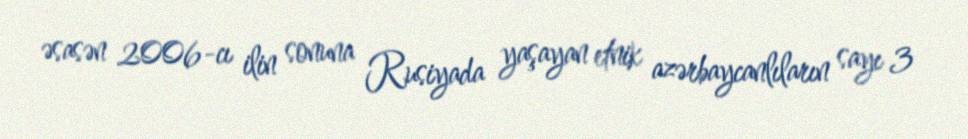
əsasən 2006-cı ilin sonuna Rusiyada yaşayan etnik azərbaycanlıların sayı 3